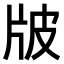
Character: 𤖷